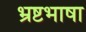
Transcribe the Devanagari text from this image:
भ्रष्टभाषा